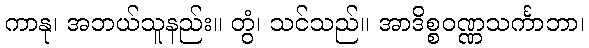
ကာနု၊ အဘယ်သူနည်း။ တွံ၊ သင်သည်။ အာဒိစ္စဝဏ္ဏသင်္ကာဘာ၊